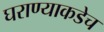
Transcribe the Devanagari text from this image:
घराण्याकडेच